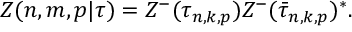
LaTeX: Z ( n , m , p | \tau ) = Z ^ { - } ( \tau _ { n , k , p } ) Z ^ { - } ( \bar { \tau } _ { n , k , p } ) ^ { * } .